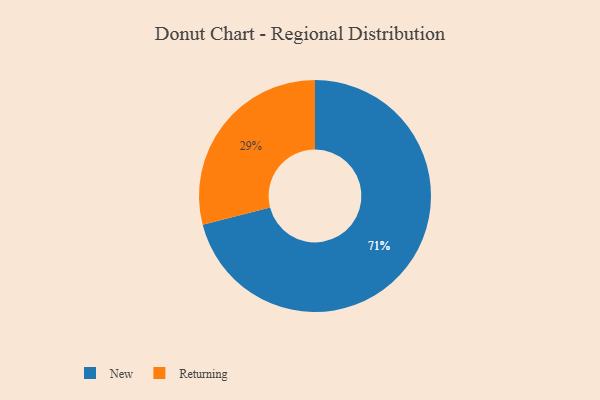
{"axis": {"x": "Category", "y": "Percentage"}, "legend": ["New", "Returning"], "data": [{"x": "Returning", "y": 29, "type": "Returning"}, {"x": "New", "y": 71, "type": "New"}]}